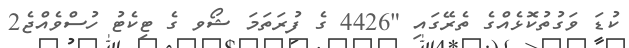
ކުޑަ ވަގުތުކޮޅެއްގެ ތެރޭގައި "4426 ގެ ފުރަތަމަ ޝޯވ ގެ ޓިކެޓު ހުސްވެއްޖެ2